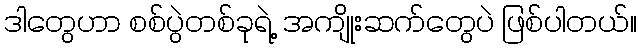
ဒါတွေဟာ စစ်ပွဲတစ်ခုရဲ့ အကျိုးဆက်တွေပဲ ဖြစ်ပါတယ်။